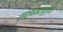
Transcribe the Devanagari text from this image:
सक्षमतापूर्वक